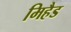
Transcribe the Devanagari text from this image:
मिहैड